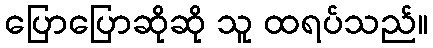
ပြောပြောဆိုဆို သူ ထရပ်သည်။